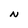
Character: N